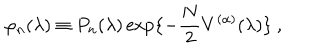
\varphi _ { n } ( \lambda ) \equiv P _ { n } ( \lambda ) \exp \{ - \frac { N } { 2 } V ^ { ( \alpha ) } ( \lambda ) \} \ ,